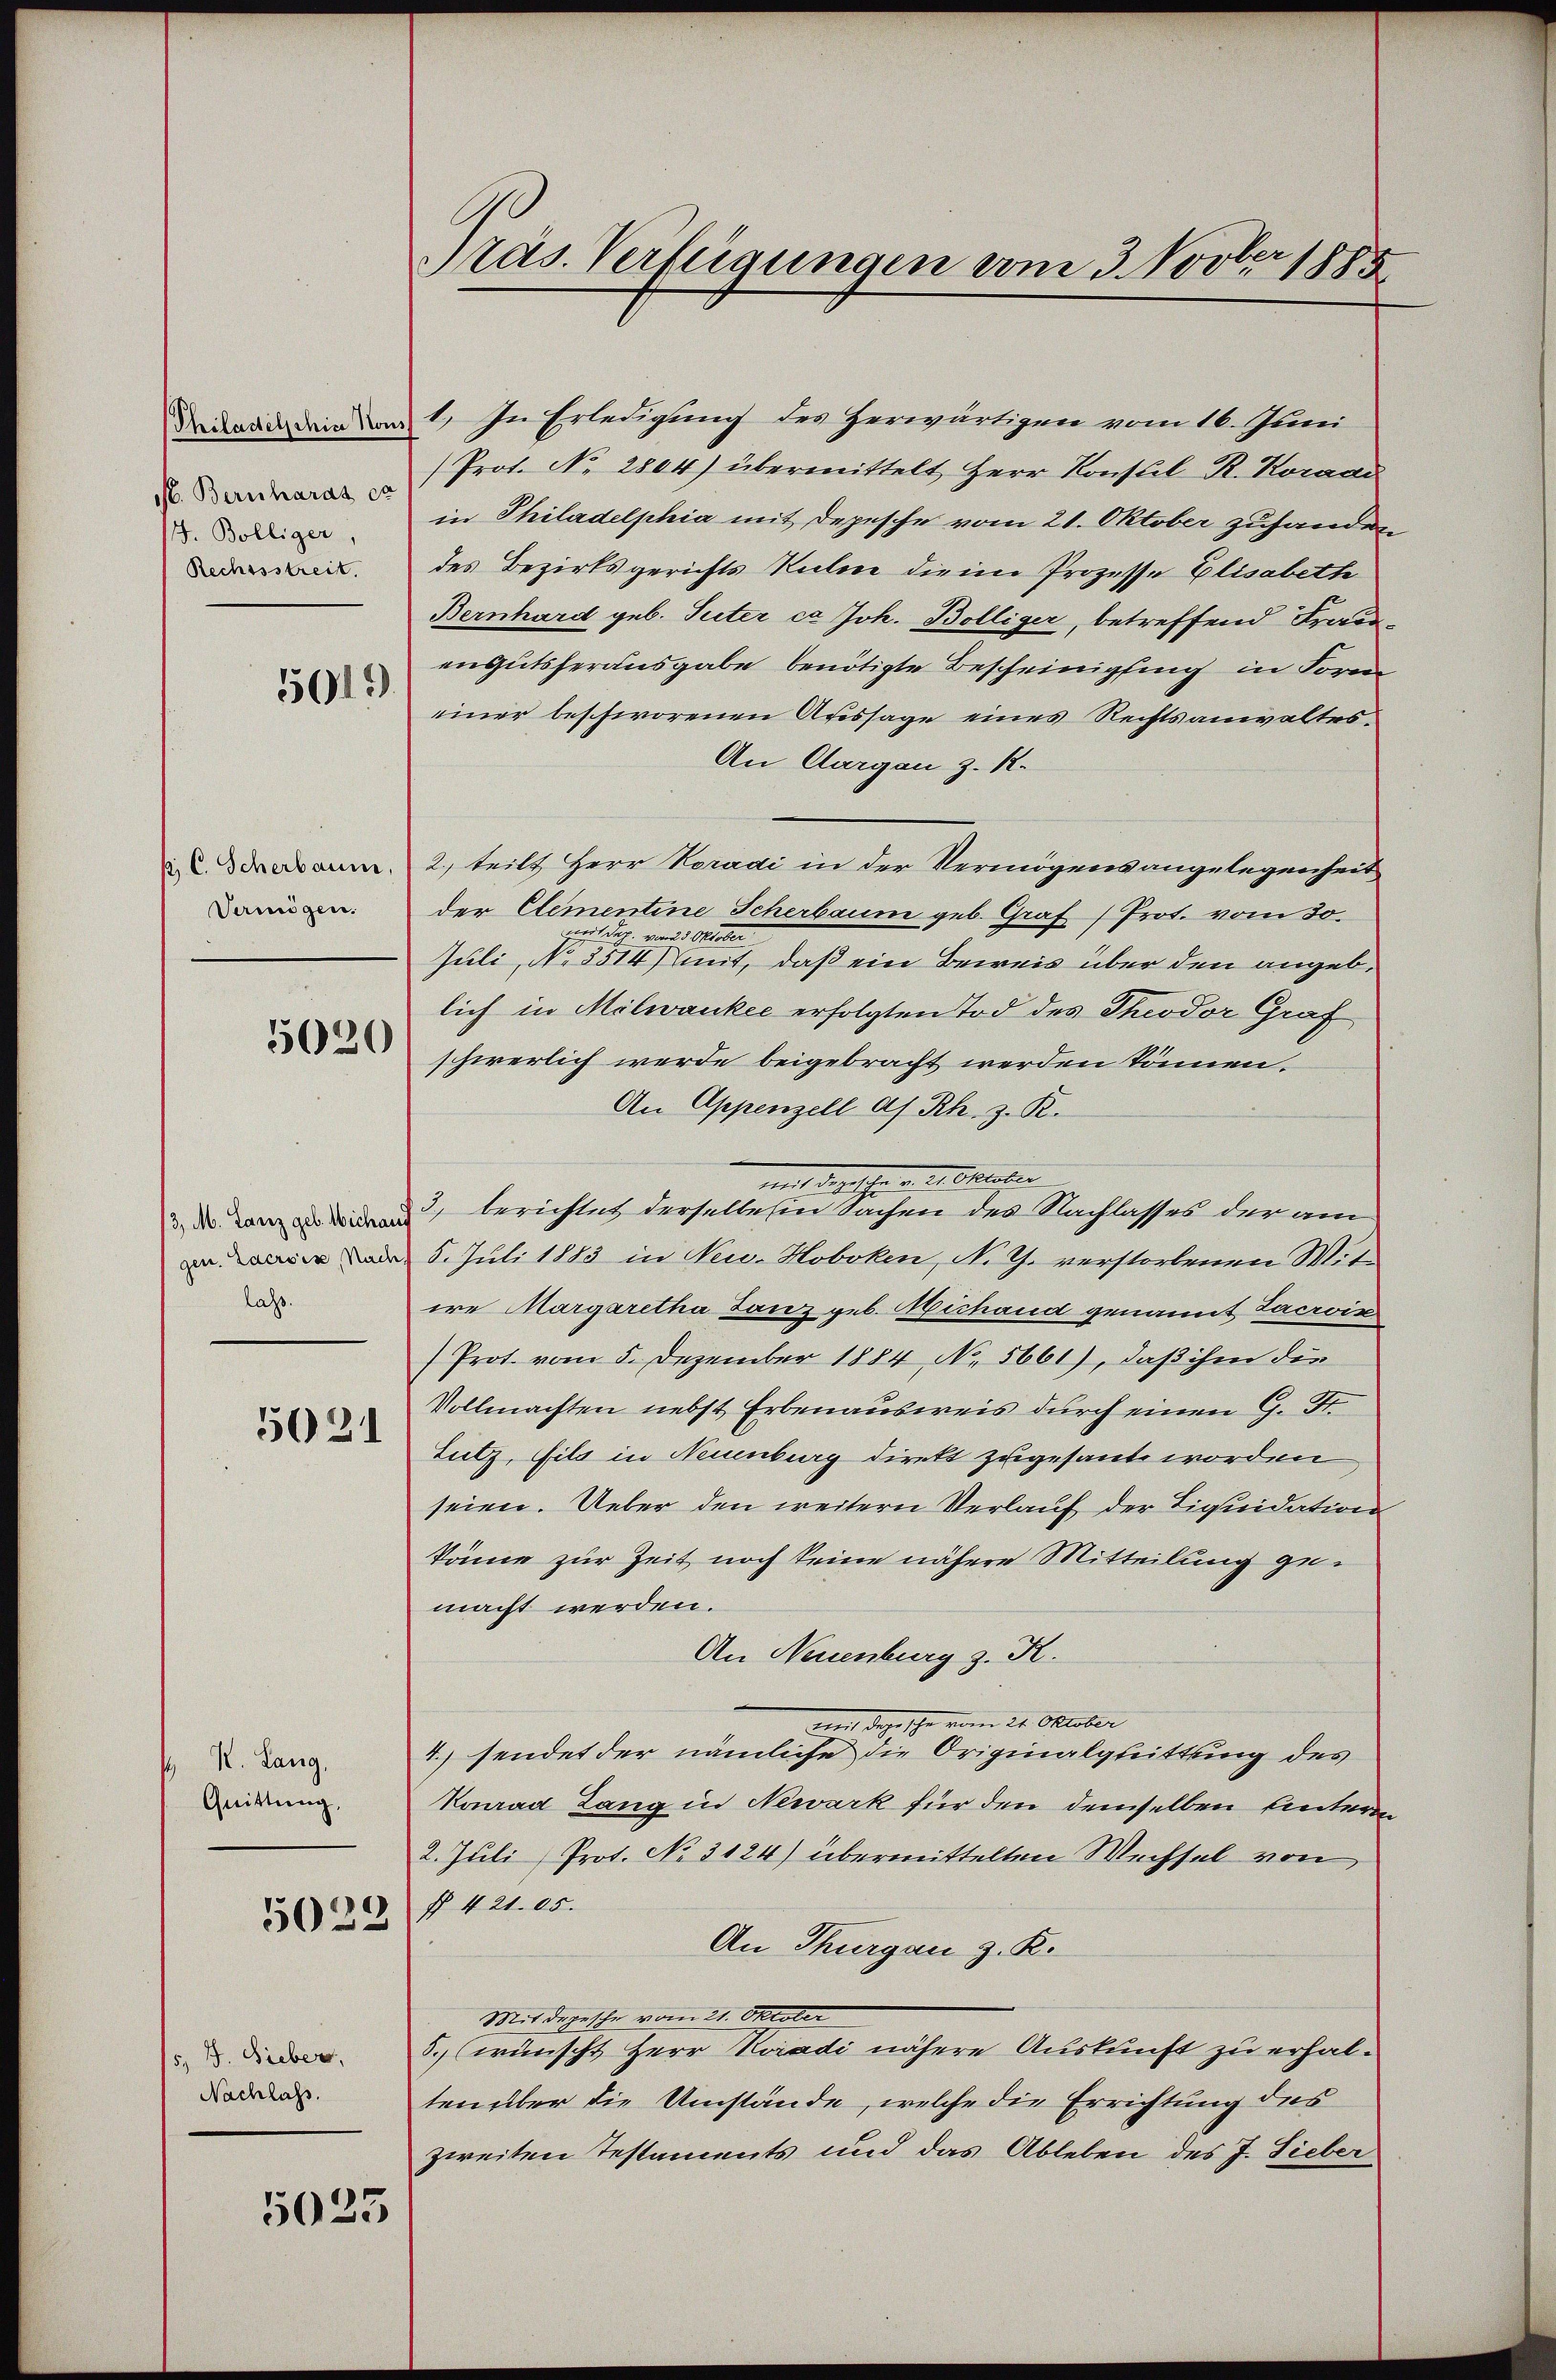
Philadelschice von
s. Bernhards et
J. Bolliger,
Rechtsstreit.

5015)

p. C. Scherbaum,
Vermögen.

5020

3, M. Lanz geb. Michaus
gen. Lacroix Nach
lass.

5021

K. Lang,
Quittung,

5029

5, J. Sieber,
Nachlass.

5025

Präs. Verfügungen vom 3. Novber 1885

1.) In Erledigung des Herwärtigen vom 16. Juni
(Prot. No. 2804) übermittelt Herr Konsul R. Koradi
in Philadelphia mit Depesche vom 21. Oktober zuhanden
des Bezirksgerichts Seelene die in Prozesse Elisabeth
Bernhard geb. Suter ca Joh. Bölliger, betreffend Frauengutsherausgabe benötigte Bescheinigung in Form
einer beschworenen Aussage eines Rechtsanwaltes.
An Aargau z. R.
2. teilt Herr Voradi in der Vermögensangelegenheit
der Elementine Scherbaum geb. Graf (Prot. vom 30.
Zeit dec. von 23. Oktober
Juli, No 3514) mit, daß ein Beweis über den angeblich in Milwankee erfolgten Tod des Theodor Graf
schwerlich werde beigebracht werden können.
An Appenzell A. Rh. z. R.
21. Oktober
3, berichtet derselben sein Sachen des Nachlasses der am
5. Juli 1883 in Neu-Hoboken, N. G. verstorbenen Witire Margaretha Tanz geb. Michand genannt Lacroix
Prot. vom 5. Dezember 1884 No. 5661), daß ihm die
Vollmachten nebst Erbenausweis durch einen G. St.
tutz, fils in Neuenburg direkt zugesant worden
seien. Ueber den weitern Verlauf der Liquidation
könne zur Zeit noch seine nähere Mitteilung gemacht werden.
An Neuenburg z. K.
Mit dage sche vom 21. Oktober
4. sendet der nämliche die Originalgleittung des
Konrad Lang in Newark für den demselben Unteren
2. Juli Prot. No. 3124) übermittelten Wechsel von
§ 421. 05.
An Thurgau z. K.
Mit depesche vom 21. Oktober
5. wünscht Herr Radi nähere Auskunft zu erhalten über die Umstände, welche die Errichtung des
zweiten Testaments und das Ableben des J. Sieber